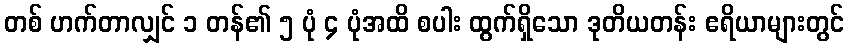
တစ် ဟက်တာလျှင် ၁ တန်၏ ၅ ပုံ ၄ ပုံအထိ စပါး ထွက်ရှိသော ဒုတိယတန်း ဧရိယာများတွင်